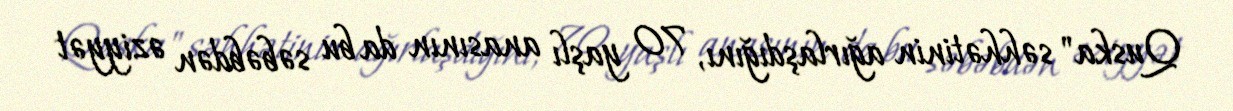
Quska" səhhətinin ağırlaşdığını, 70 yaşlı anasının da bu səbəbdən əziyyət